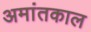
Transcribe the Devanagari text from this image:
अमांतकाल